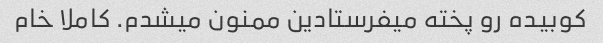
کوبیده رو پخته میفرستادین ممنون میشدم. کاملا خام